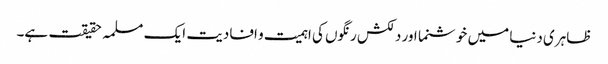
ظاہری دنیا میں خوشنما اور دلکش رنگوں کی اہمیت و افادیت ایک مسلمہ حقیقت ہے۔